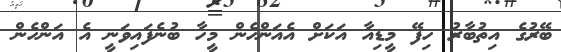
ބޭރުގެ އިތުބާރު ހިފޭ މީޑިއާ އަކަށް އެއަންހެން މީހާ ބުނެފައިވަނީ އެ އަންހެން